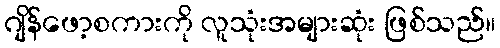
ဂျိန်ဖော့စကားကို လူသုံးအများဆုံး ဖြစ်သည်။